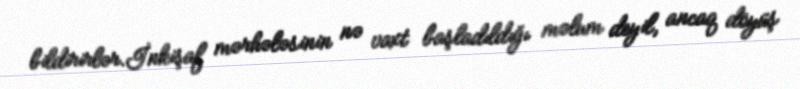
bildirirlər.İnkişaf mərhələsinin nə vaxt başladıldığı məlum deyil, ancaq döyüş